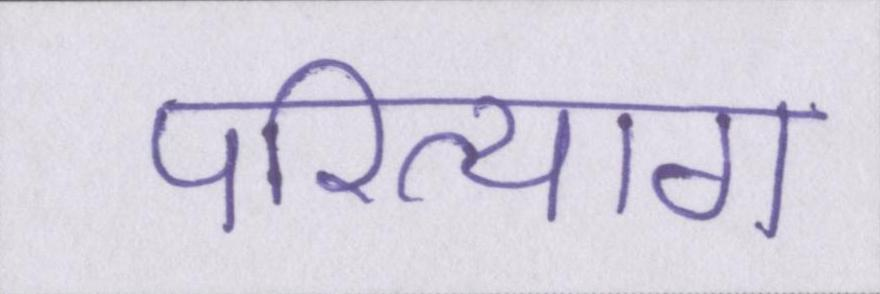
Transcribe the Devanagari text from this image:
परित्याग